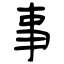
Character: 事